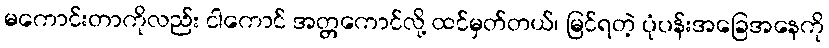
မကောင်းတာကိုလည်း ငါကောင် အတ္တကောင်လို့ ထင်မှတ်တယ်၊ မြင်ရတဲ့ ပုံပန်းအခြေအနေကို